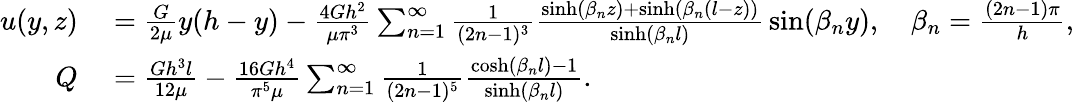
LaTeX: \begin{array}{rl}{u(y,z)}&{{}={\frac{G}{2\mu}}y(h-y)-{\frac{4Gh^{2}}{\mu\pi^{3}}}\sum_{n=1}^{\infty}{\frac{1}{(2n-1)^{3}}}{\frac{\sinh(\beta_{n}z)+\sinh(\beta_{n}(l-z))}{\sinh(\beta_{n}l)}}\sin(\beta_{n}y),\quad\beta_{n}={\frac{(2n-1)\pi}{h}},}\\ {Q}&{{}={\frac{Gh^{3}l}{12\mu}}-{\frac{16Gh^{4}}{\pi^{5}\mu}}\sum_{n=1}^{\infty}{\frac{1}{(2n-1)^{5}}}{\frac{\cosh(\beta_{n}l)-1}{\sinh(\beta_{n}l)}}.}\end{array}